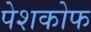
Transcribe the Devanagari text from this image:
पेशकोफ